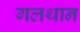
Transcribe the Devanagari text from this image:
गलथान